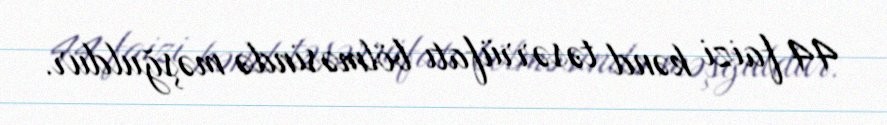
44 faizi kənd təsərrüfatı bölməsində məşğuldur.